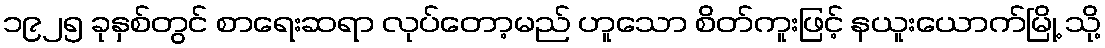
၁၉၂၅ ခုနှစ်တွင် စာရေးဆရာ လုပ်တော့မည် ဟူသော စိတ်ကူးဖြင့် နယူးယောက်မြို့ သို့